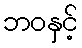
ဘဝနှင့်